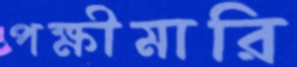
পক্ষীমারি